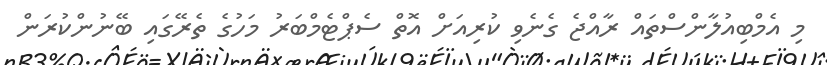
މި އެމްބިއުލާންސްތައް ރާއްޖެ ގެނެވި ކުރިއަށް އޮތް ސެޕްޓެމްބަރު މަހުގެ ތެރޭގައި ބޭނުންކުރަން